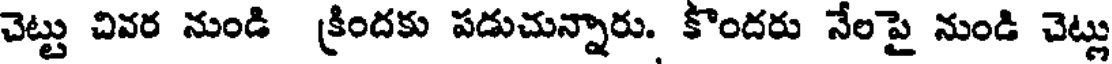
చెట్టు చివర నుండి క్రిందకు పడుచున్నారు. కొందరు నేలపై నుండి చెట్లు